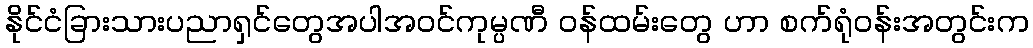
နိုင်ငံခြားသားပညာရှင်တွေအပါအဝင်ကုမ္ပဏီ ဝန်ထမ်းတွေ ဟာ စက်ရုံဝန်းအတွင်းက